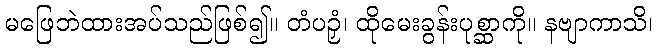
မဖြေဘဲထားအပ်သည်ဖြစ်၍။ တံပဉှံ၊ ထိုမေးခွန်းပုစ္ဆာကို။ နဗျာကာသိ၊